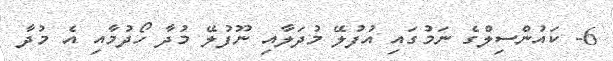
6- ކައުންސިލްގެ ނަމުގައި އުފުލޭ މުދަލާއި ނޫފުލޭ މުދާ ހޯދުމާއި އެ މުދާ